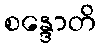
စန္ဒောတိ